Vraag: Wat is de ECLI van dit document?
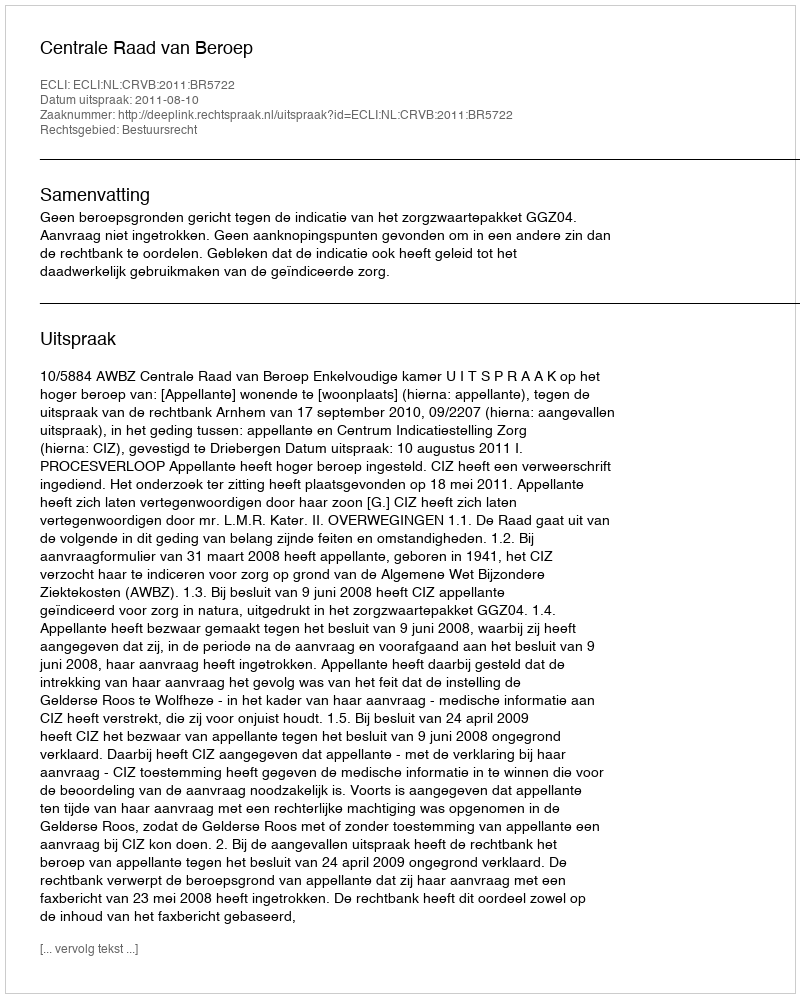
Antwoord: ECLI:NL:CRVB:2011:BR5722